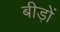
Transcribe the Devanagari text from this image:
बीड़ों